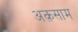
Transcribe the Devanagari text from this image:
अक़साम